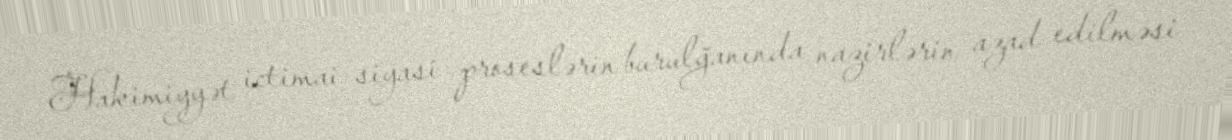
Hakimiyyət ictimai-siyasi proseslərin burulğanında nazirlərin azad edilməsi